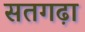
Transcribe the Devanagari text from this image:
सतगढ़ा